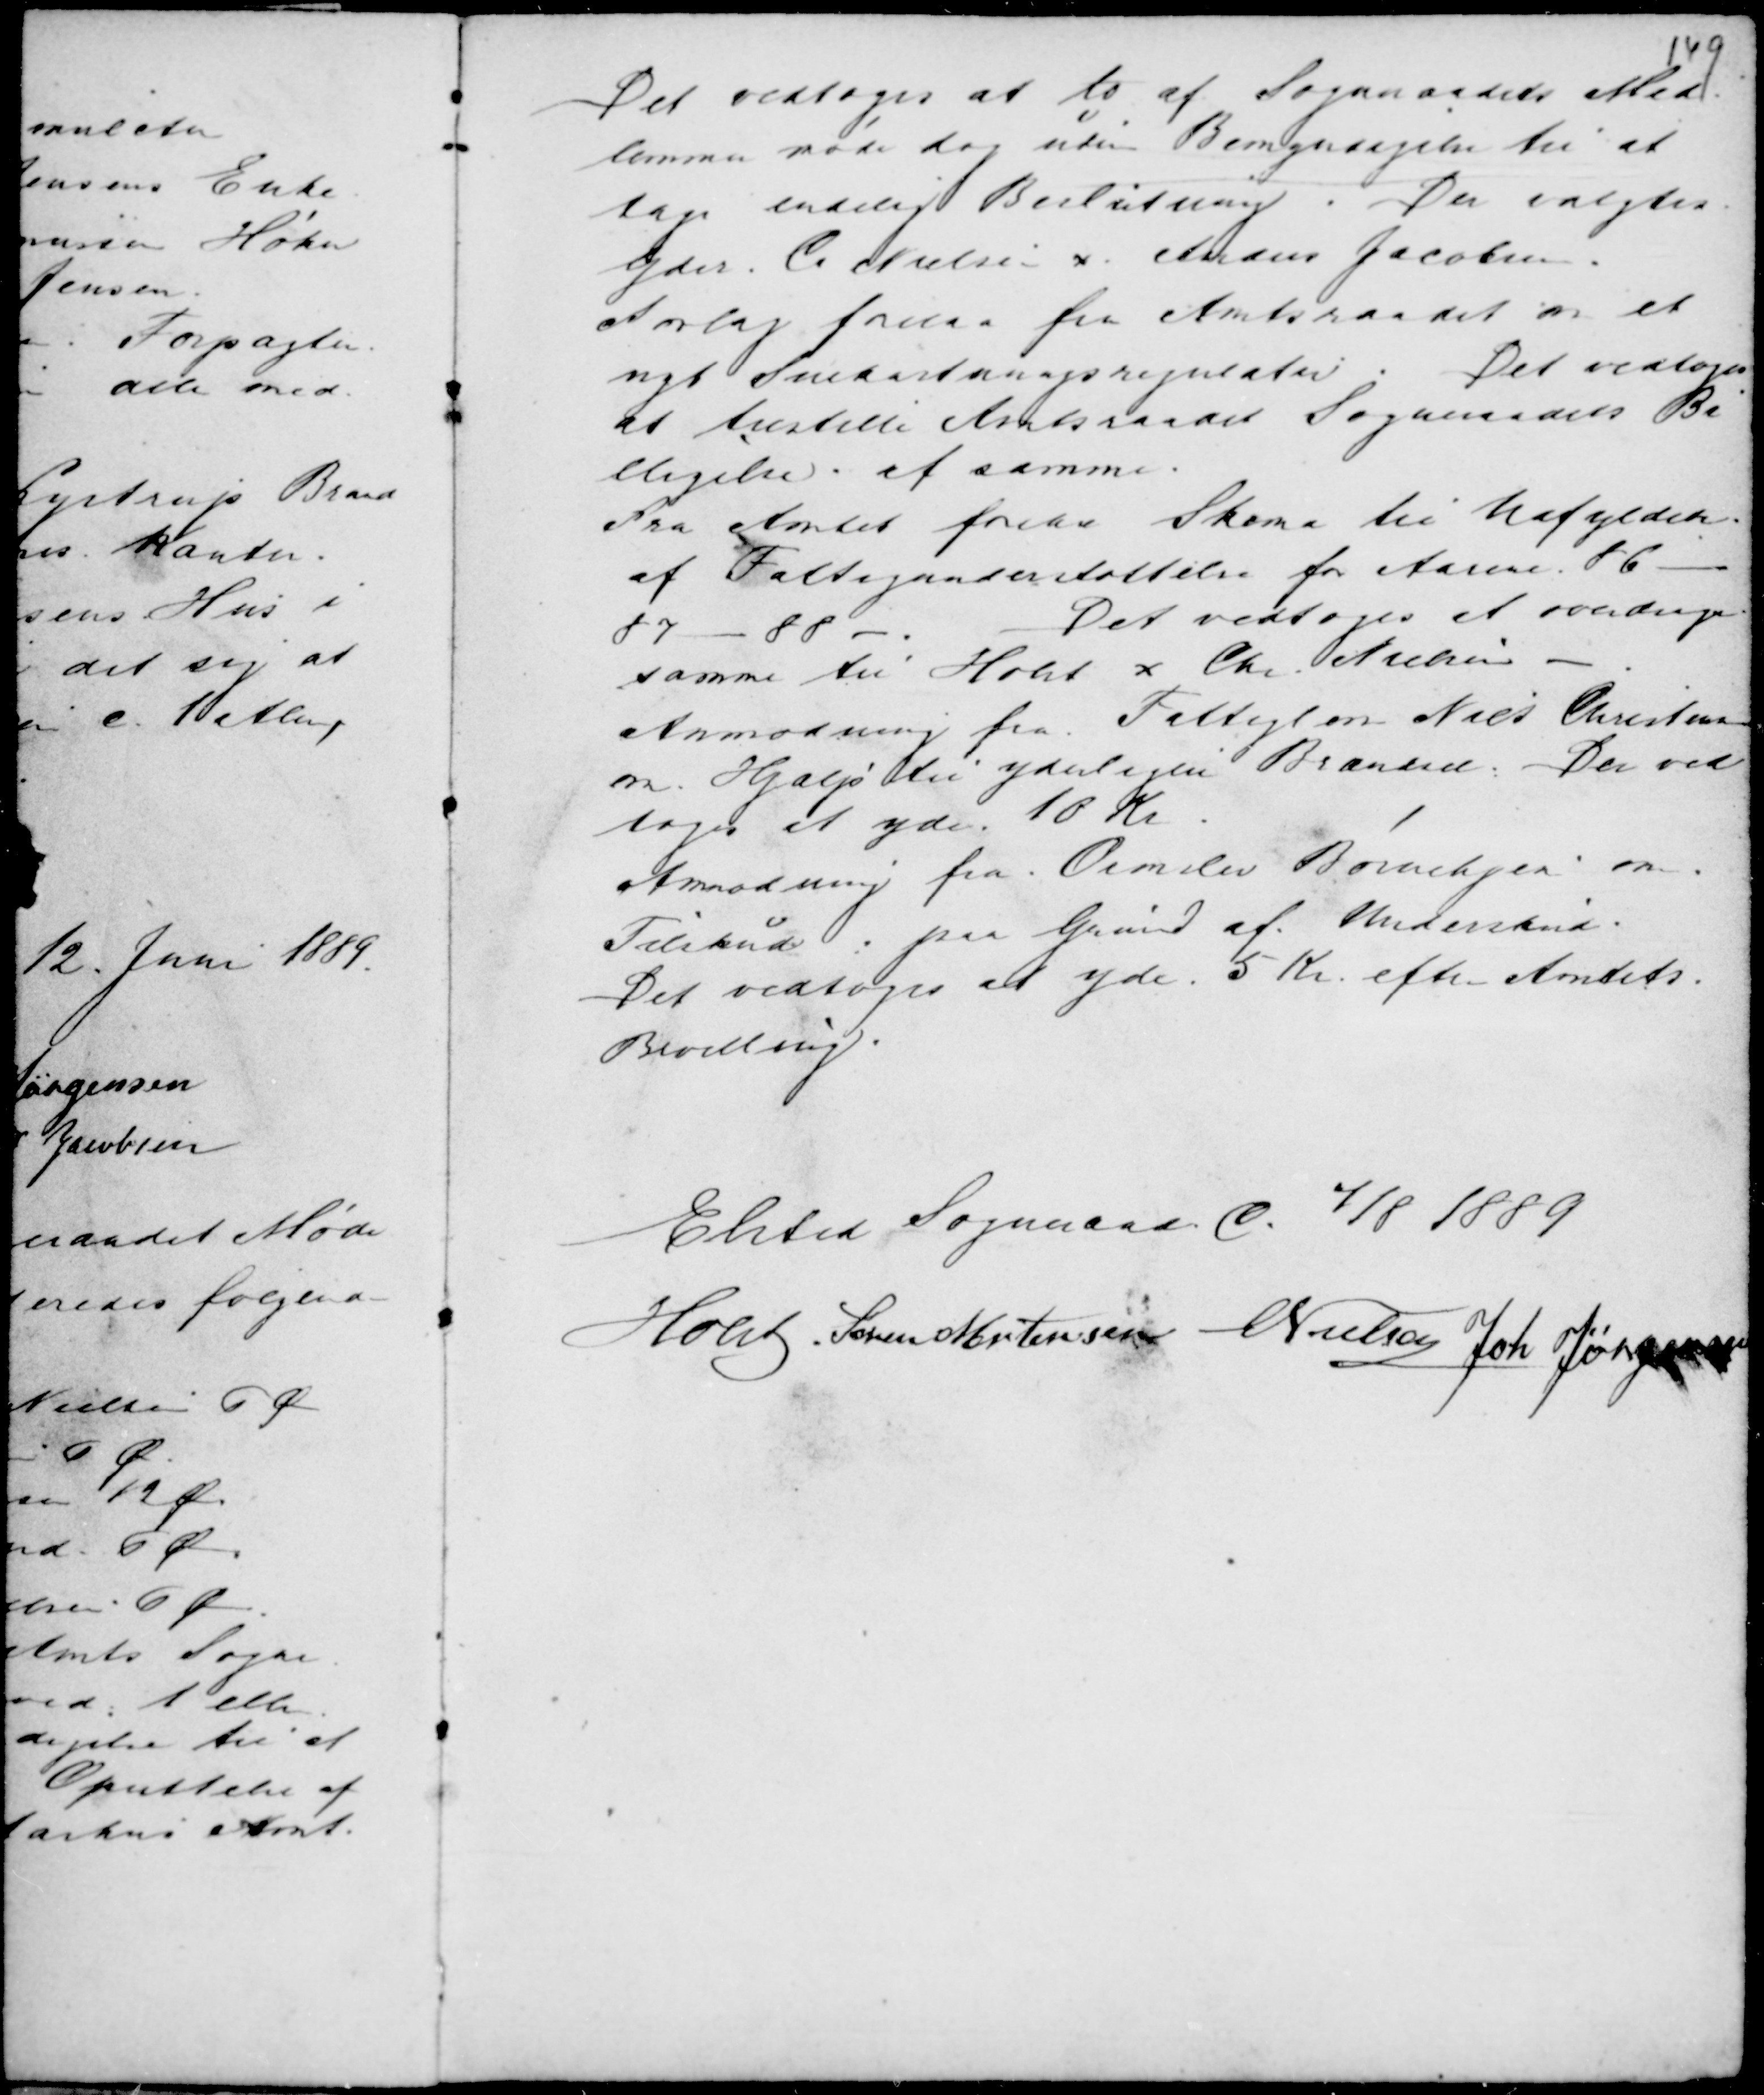
Transskription:
Det vedtoges at to af Sogneraadets Med-
lemmer møde dog uden Bemyndigelse til at
tage endelig Beslutning . Der valgtes
Gdr C Nielsen x Anders Jacobsen .
Aorlag forelaa fra Amtsraadet om et
nyt Snekastningsregulativ. Det vedtoges
at tilstille Amtsraadet Sogneraadets Bi
lligelse af samme .
Fra Amtet foreaa Skema til Udfyldelse
af Fattigunderstøttelse for Aarene 86 -
87 - 88 - .
Det vedtoges at overdrage
samme til : Holst x Chr Nielsen .
Anmodning fra Fattiglem Nils Christens
om. Hjælp til yderligere Brændsel. Det ved
toges at yde 10 Kr .
Anmodning fra Ormslev Børnehjem . om .
Tilskud : paa Grund af Underskud.
Det vedtoges at yde . 5 Kr. efter Amtets .
Bevilling.

Elsted Sogneraad d. 7/8 1889
Holst Søren Mortensen
C Nielsen Joh Jørgensen